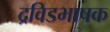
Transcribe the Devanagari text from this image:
द्रविडभाषक